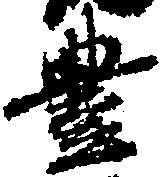
豊